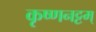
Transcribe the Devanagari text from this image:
कृष्णनट्टम्